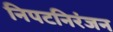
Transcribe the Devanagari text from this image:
निपटनिरंजन